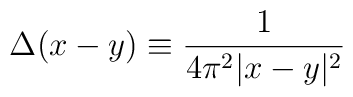
\Delta(x-y) \equiv {1 \over 4 \pi^2 |x-y|^2}